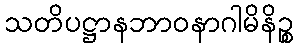
သတိပဋ္ဌာနဘာဝနာဂါမိနိဉ္စ